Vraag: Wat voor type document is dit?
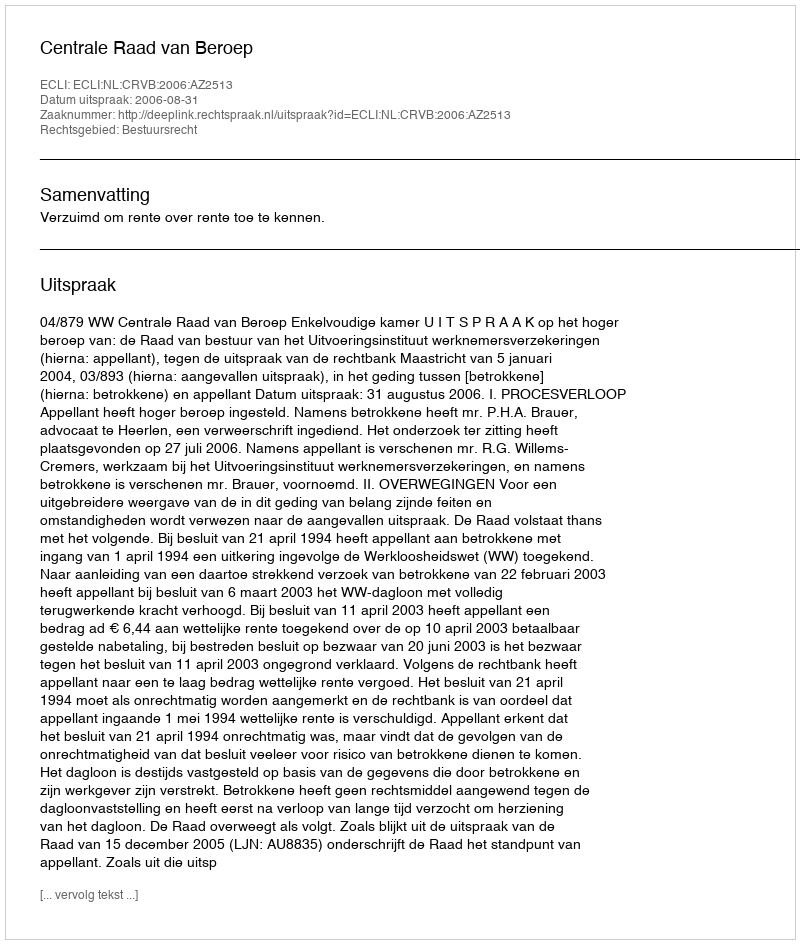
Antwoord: Uitspraak